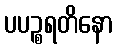
ပပဉ္စရတိနော